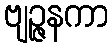
ဗျဉ္ဇနကာ